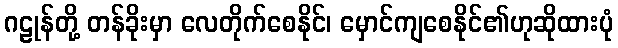
ဂဠုန်တို့ တန်ခိုးမှာ လေတိုက်စေနိုင်၊ မှောင်ကျစေနိုင်၏ဟုဆိုထားပုံ